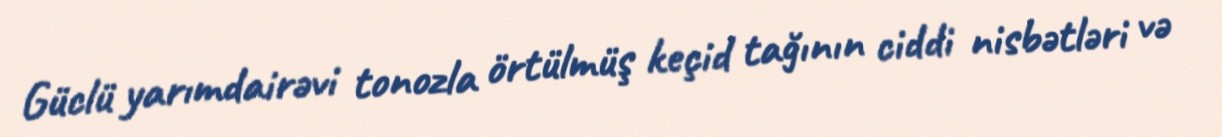
Güclü yarımdairəvi tonozla örtülmüş keçid tağının ciddi nisbətləri və